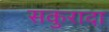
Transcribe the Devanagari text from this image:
सकुरादा